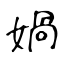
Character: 媧